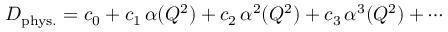
D _ { \mathrm { p h y s . } } = c _ { 0 } + c _ { 1 } \, \alpha ( Q ^ { 2 } ) + c _ { 2 } \, \alpha ^ { 2 } ( Q ^ { 2 } ) + c _ { 3 } \, \alpha ^ { 3 } ( Q ^ { 2 } ) + \cdots